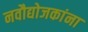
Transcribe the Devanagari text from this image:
नवौद्योजकांना